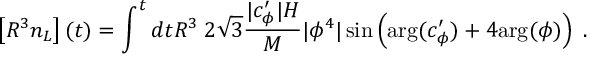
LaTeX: \left[ R ^ { 3 } n _ { L } \right] ( t ) = \int ^ { t } d t R ^ { 3 } \; 2 \sqrt { 3 } \frac { | c _ { \phi } ^ { \prime } | H } { M } | \phi ^ { 4 } | \sin \left( \mathrm { { a r g } } ( c _ { \phi } ^ { \prime } ) + 4 { \mathrm { a r g } } ( \phi ) \right) \; .